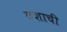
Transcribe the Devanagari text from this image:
ठशाची